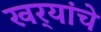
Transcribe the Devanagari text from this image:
खर्‍यांचे